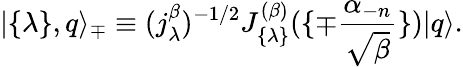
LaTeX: |\{ \lambda\} ,q\rangle_{\mp}\equiv(j_{\lambda}^{\beta})^{-1/2}J_{\{ \lambda\} }^{(\beta)}(\{ \mp{\frac{\alpha_{-n}}{\sqrt{\beta}}}\} )|q\rangle.